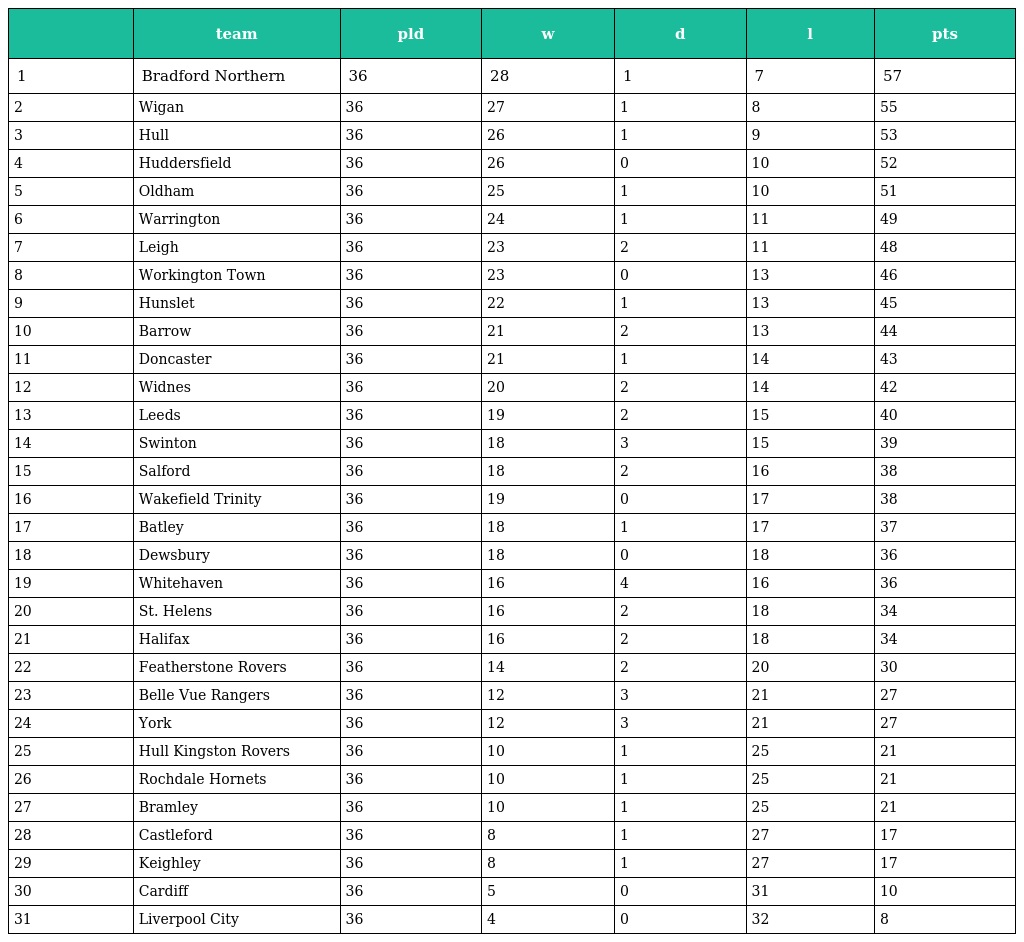
|  | team | pld | w | d | l | pts |
 | --- | --- | --- | --- | --- | --- | --- |
 | 1 | Bradford Northern | 36 | 28 | 1 | 7 | 57 |
 | 2 | Wigan | 36 | 27 | 1 | 8 | 55 |
 | 3 | Hull | 36 | 26 | 1 | 9 | 53 |
 | 4 | Huddersfield | 36 | 26 | 0 | 10 | 52 |
 | 5 | Oldham | 36 | 25 | 1 | 10 | 51 |
 | 6 | Warrington | 36 | 24 | 1 | 11 | 49 |
 | 7 | Leigh | 36 | 23 | 2 | 11 | 48 |
 | 8 | Workington Town | 36 | 23 | 0 | 13 | 46 |
 | 9 | Hunslet | 36 | 22 | 1 | 13 | 45 |
 | 10 | Barrow | 36 | 21 | 2 | 13 | 44 |
 | 11 | Doncaster | 36 | 21 | 1 | 14 | 43 |
 | 12 | Widnes | 36 | 20 | 2 | 14 | 42 |
 | 13 | Leeds | 36 | 19 | 2 | 15 | 40 |
 | 14 | Swinton | 36 | 18 | 3 | 15 | 39 |
 | 15 | Salford | 36 | 18 | 2 | 16 | 38 |
 | 16 | Wakefield Trinity | 36 | 19 | 0 | 17 | 38 |
 | 17 | Batley | 36 | 18 | 1 | 17 | 37 |
 | 18 | Dewsbury | 36 | 18 | 0 | 18 | 36 |
 | 19 | Whitehaven | 36 | 16 | 4 | 16 | 36 |
 | 20 | St. Helens | 36 | 16 | 2 | 18 | 34 |
 | 21 | Halifax | 36 | 16 | 2 | 18 | 34 |
 | 22 | Featherstone Rovers | 36 | 14 | 2 | 20 | 30 |
 | 23 | Belle Vue Rangers | 36 | 12 | 3 | 21 | 27 |
 | 24 | York | 36 | 12 | 3 | 21 | 27 |
 | 25 | Hull Kingston Rovers | 36 | 10 | 1 | 25 | 21 |
 | 26 | Rochdale Hornets | 36 | 10 | 1 | 25 | 21 |
 | 27 | Bramley | 36 | 10 | 1 | 25 | 21 |
 | 28 | Castleford | 36 | 8 | 1 | 27 | 17 |
 | 29 | Keighley | 36 | 8 | 1 | 27 | 17 |
 | 30 | Cardiff | 36 | 5 | 0 | 31 | 10 |
 | 31 | Liverpool City | 36 | 4 | 0 | 32 | 8 |